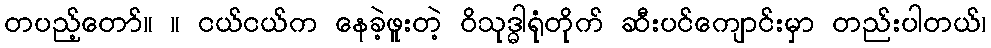
တပည့်တော်။ ။ ငယ်ငယ်က နေခဲ့ဖူးတဲ့ ဝိသုဒ္ဓါရုံတိုက် ဆီးပင်ကျောင်းမှာ တည်းပါတယ်၊